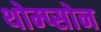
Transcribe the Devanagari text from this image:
थोम्प्सोन